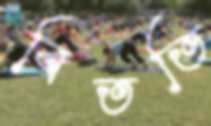
বিততি